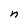
Character: n